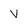
Character: V